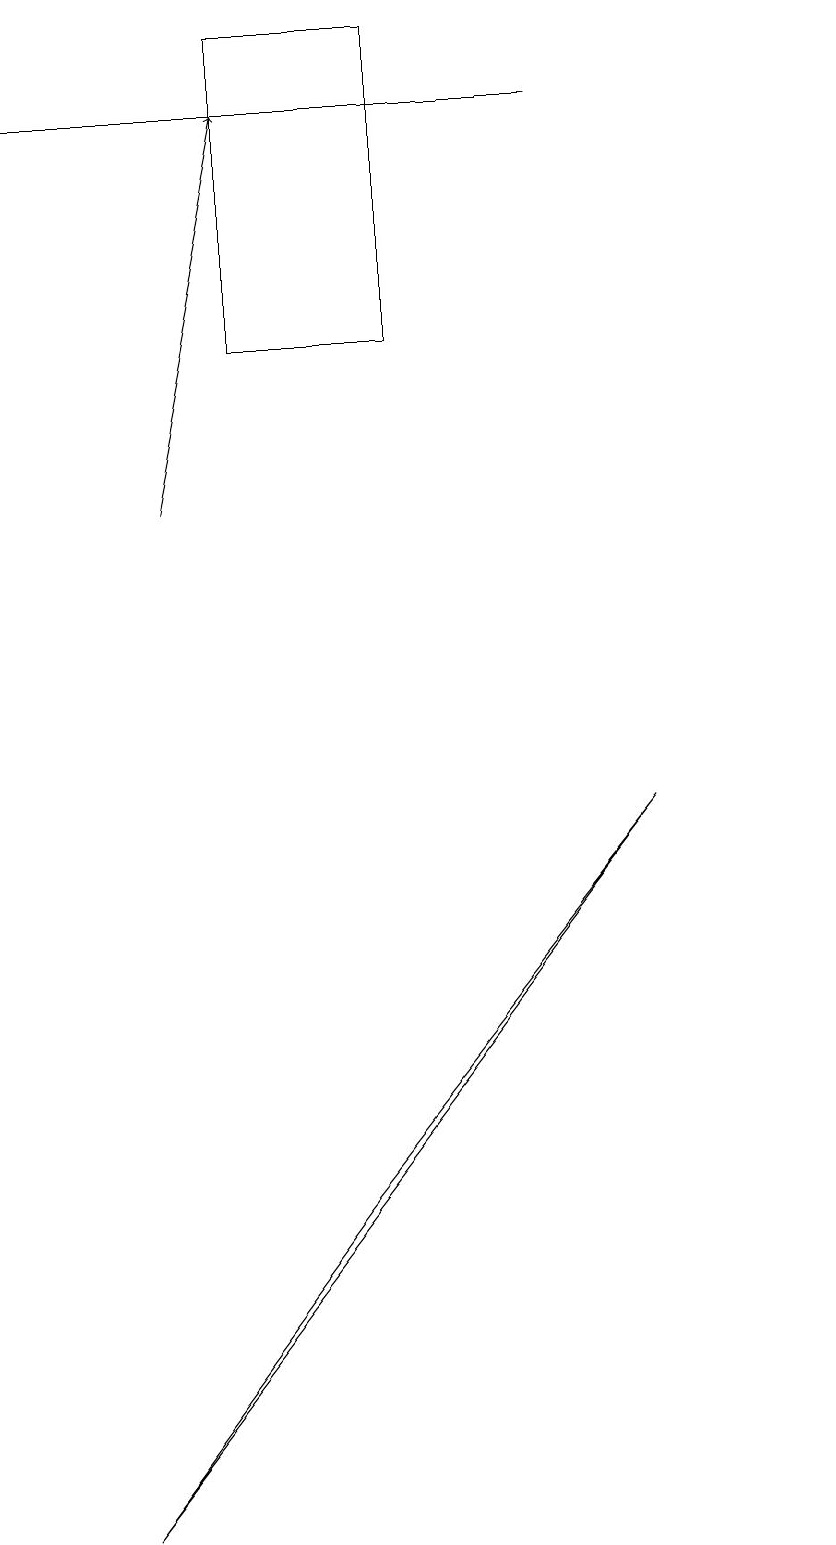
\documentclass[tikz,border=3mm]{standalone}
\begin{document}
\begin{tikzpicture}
\draw (8,18) rectangle (1,18);
\draw (4,19) rectangle (6,15);
\draw (11,10) circle (0);
\draw[->] (3,13) -- (4,18);
\draw (5,4) -- (2,0) -- (9,9) -- cycle;
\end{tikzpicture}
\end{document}